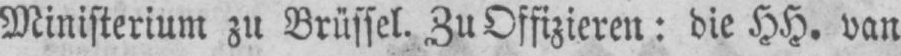
Ministerium zu Brüssel. Zu Offizieren: die HH. van